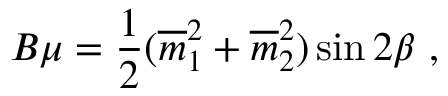
B \mu = { \frac { 1 } { 2 } } ( { \overline { { m } } } _ { 1 } ^ { 2 } + { \overline { { m } } } _ { 2 } ^ { 2 } ) \sin 2 \beta \ ,